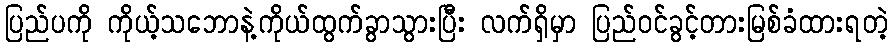
ပြည်ပကို ကိုယ့်သဘောနဲ့ကိုယ်ထွက်ခွာသွားပြီး လက်ရှိမှာ ပြည်ဝင်ခွင့်တားမြစ်ခံထားရတဲ့